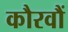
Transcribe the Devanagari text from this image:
कौरवौं